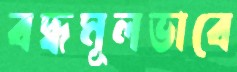
বদ্ধমূলভাবে